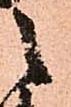
之